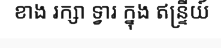
ខាង រក្សា ទ្វារ ក្នុង ឥន្ទ្រីយ៍